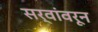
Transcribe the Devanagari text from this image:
सर्वांवरून